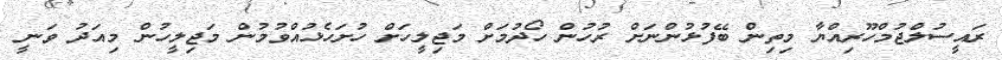
ރައީސުލްޖުމްހޫރިއްޔާ މިތިން ބޭފުޅުންނަށް ރުުހުން ހޯދުމަށް މަޖިލީހަށް ހުށަހެޅުއްވުމުން މަޖިލީހުން މިއަދު ވަނީ